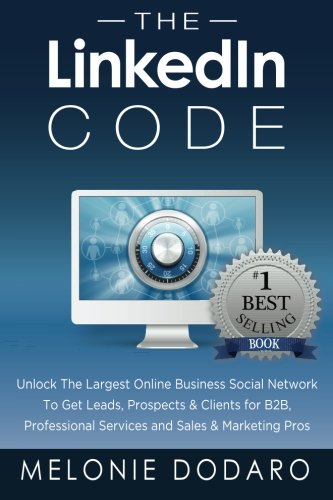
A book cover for The LinkedIn Code: Unlock the largest online business social network to get leads, prospects & clients for B2B, professional services and sales & marketing pros; Melonie Dodaro; Computers & Technology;